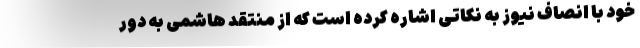
خود با انصاف نیوز به نکاتی اشاره کرده است که از منتقد هاشمی به دور